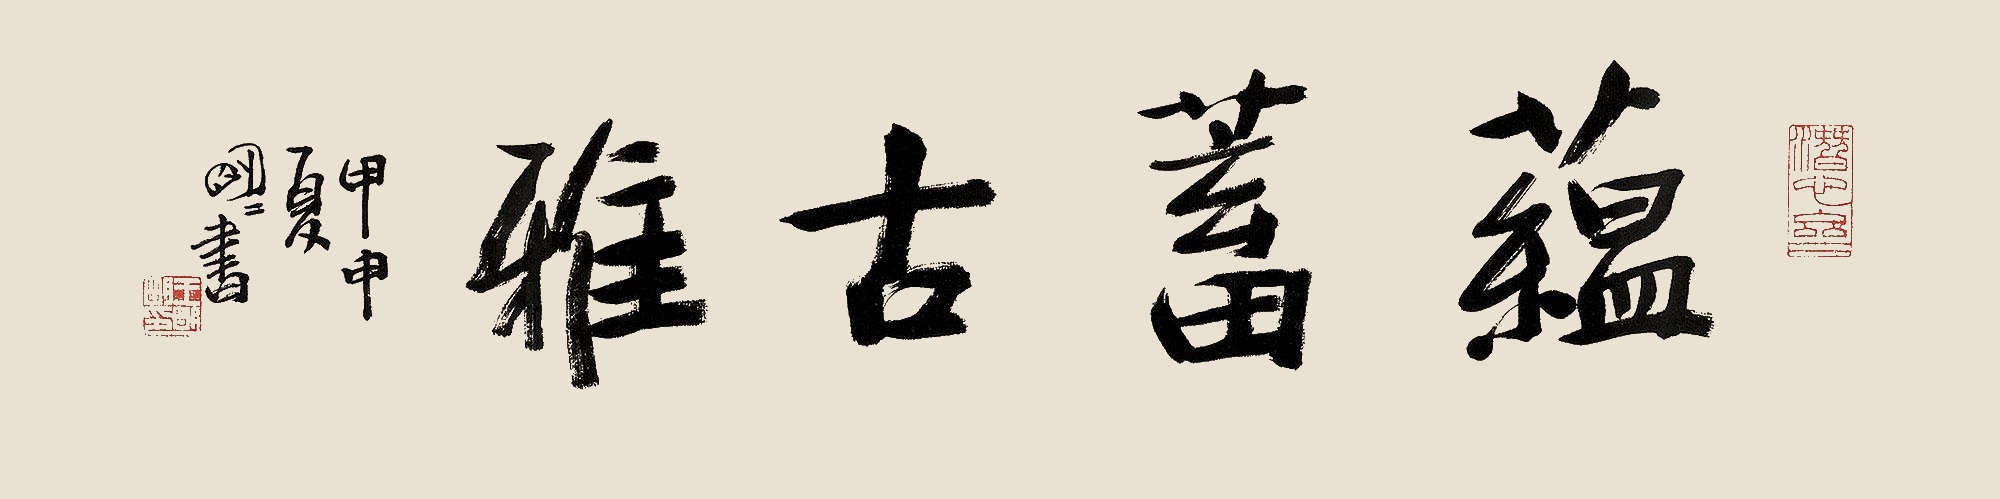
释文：蕴蓄古雅甲申夏，明明书。